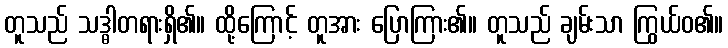
တူသည် သဒ္ဓါတရားရှိ၏။ ထို့ကြောင့် တူအား ပြောကြား၏။ တူသည် ချမ်းသာ ကြွယ်ဝ၏။